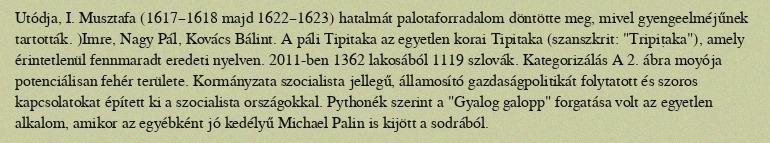
Utódja, I. Musztafa (1617–1618 majd 1622–1623) hatalmát palotaforradalom döntötte meg, mivel gyengeelméjűnek tartották. )Imre, Nagy Pál, Kovács Bálint. A páli Tipitaka az egyetlen korai Tipitaka (szanszkrit: "Tripiṭaka"), amely érintetlenül fennmaradt eredeti nyelven. 2011-ben 1362 lakosából 1119 szlovák. Kategorizálás A 2. ábra moyója potenciálisan fehér területe. Kormányzata szocialista jellegű, államosító gazdaságpolitikát folytatott és szoros kapcsolatokat épített ki a szocialista országokkal. Pythonék szerint a "Gyalog galopp" forgatása volt az egyetlen alkalom, amikor az egyébként jó kedélyű Michael Palin is kijött a sodrából.